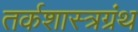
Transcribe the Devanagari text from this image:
तर्कशास्त्रग्रंथ